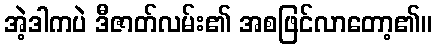
အဲ့ဒါကပဲ ဒီဇာတ်လမ်း၏ အစဖြင်လာတော့၏။